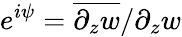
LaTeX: e^{i\psi}=\overline{{\partial_{z}w}}/\partial_{z}w